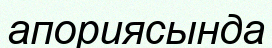
апориясында